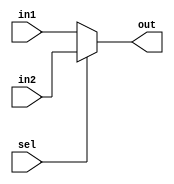
module Mux_32(out,sel,in1,in2);
    output reg [0:31] out;
    input wire sel;
    input wire [0:31] in1;
    input wire [0:31] in2;
    always @(sel) begin
        if (sel)
            out = in2;
        else 
            out = in1;
    end
endmodule

module Mux_32_2(out,sel,in1,in2);
    output wire [0:31] out;
    input wire sel;
    input wire [0:31] in1;
    input wire [0:31] in2;
    assign out = (sel == 0) ? in1 : in2;
endmodule


module Mux_5(out,sel,in1,in2);
    output wire [0:4] out;
    input wire sel;
    input wire [0:4] in1;
    input wire [0:4] in2;
    assign out = (sel == 0) ? in1 : in2;
endmodule

module Mux_1(out,sel,in1,in2);
    output wire out;
    input wire sel;
    input wire in1;
    input wire in2;
    assign out = (sel == 0) ? in1 : in2;
endmodule